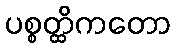
ပစ္စတ္ထိကတော